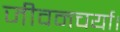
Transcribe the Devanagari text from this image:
जीवनचर्या।